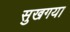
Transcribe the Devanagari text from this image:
सुखगया